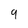
Character: 9